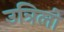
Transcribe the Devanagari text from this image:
उत्रिलो